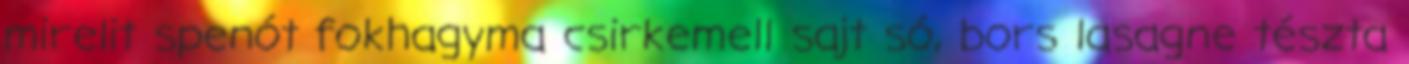
mirelit spenót fokhagyma csirkemell sajt só, bors lasagne tészta